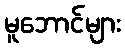
မူဘောင်များ